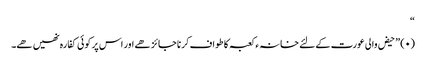
“
(۰) ” حیض والی عورت کے لئے خانہ ء کعبہ کا طواف کرنا جائز ھے اور اس پر کوئی کفارہ نھیں ھے۔